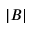
| B |